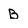
Character: B